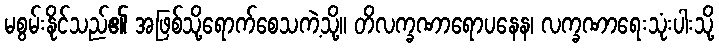
မစွမ်းနိုင်သည်၏ အဖြစ်သို့ရောက်စေသကဲ့သို့။ တိလက္ခဏာရောပနေန၊ လက္ခဏာရေးသုံးပါးသို့